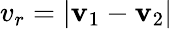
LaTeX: v_{r}=|\mathbf{v}_{1}-\mathbf{v}_{2}|